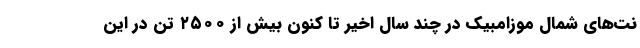
نت‌های شمال موزامبیک در چند سال اخیر تا کنون بیش از ۲۵۰۰ تن در این